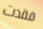
فقدت